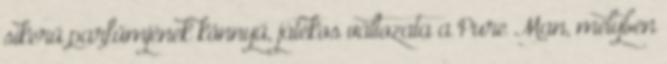
sikerű parfümjének könnyű, játékos változata a Pure Man, melyben